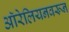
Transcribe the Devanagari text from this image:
ऑरेलियनवरून